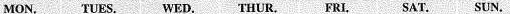
MON. TUES. WED. THUR. FRI, SAT.SUN.